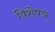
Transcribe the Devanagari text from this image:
विशेषञ